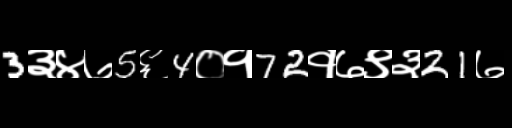
Text: 3३४७5६4०१72१७९३21७